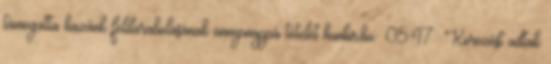
támogatta hazánk feldarabolásának ünnepnappá tételét hunhir.hu 05:47 Körözést adtak